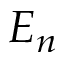
E _ { n }